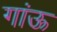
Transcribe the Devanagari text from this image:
गांऊ